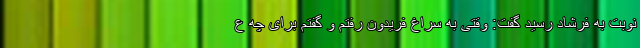
نوبت به فرشاد رسید گفت: وقتی به سراغ فریدون رفتم و گفتم برای چه ع